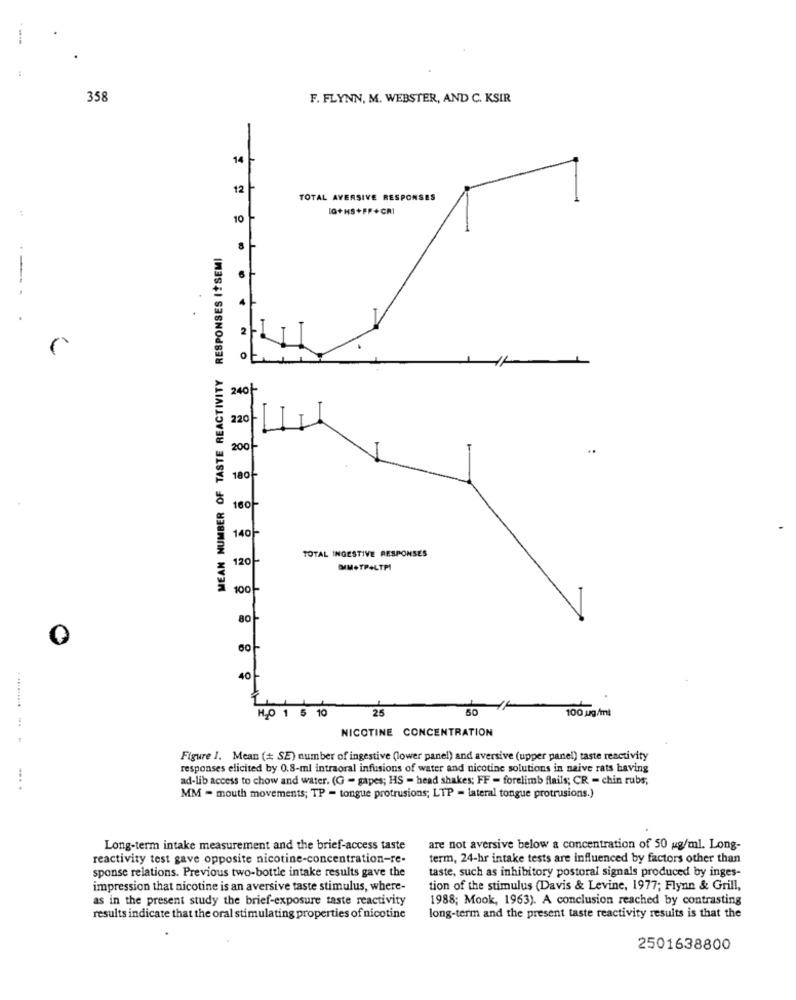
358
F. FLYNN, M. WEBSTER, AND C. KSIR
14
12
TOTAL AVERSIVE RESPONSES
[G+HS+FP+CRI
10
RESPONSES I+SEMI
--
2
O
MEAN NUMBER OF TASTE REACTIVITY
240
220
2001
180-
1601-
140
TOTAL INGESTIVE RESPONSES
120
MIM+TPALTPI
100
80-
O
40
1 5 10
25
50
100 ug/ml
HO 1
.......... ..
NICOTINE CONCENTRATION
Figure 1. Mean (+ SE) number of ingestive (lower panel) and aversive (upper panel) taste reactivity
responses elicited by 0.8-ml intraoral infusions of water and nicotine solutions in naive rats having
ad-lib access to chow and water. (G - gapes; HS - head shakes; FF - forelimb flails; CR - chin rubs,
MM - mouth movements; TP - tongue protrusions; LTP - lateral tongue protrusions.)
Long-term intake measurement and the brief-access taste
are not aversive below a concentration of 50 ug/ml. Long-
reactivity test gave opposite nicotine-concentration-re-
term, 24-hr intake tests are influenced by factors other than
sponse relations. Previous two-bottle intake results gave the
taste, such as inhibitory postoral signals produced by inges-
impression that nicotine is an aversive taste stimulus, where-
tion of the stimulus (Davis & Levine, 1977; Flynn & Grill,
as in the present study the brief-exposure taste reactivity
1988; Mook, 1963). A conclusion reached by contrasting
results indicate that the oral stimulating properties of nicotine
long-term and the present taste reactivity results is that the
2501638800